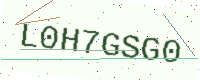
Text: L0H7GSG0